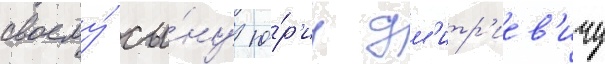
своему́ сы́ну ю́р'иу дм'итр'иев'ичу